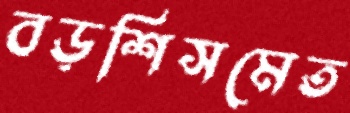
বড়শিসমেত